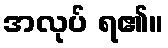
အလုပ် ရ၏။